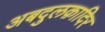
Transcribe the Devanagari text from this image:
अबदुलक़ादिर